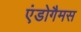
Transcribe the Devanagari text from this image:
एंडोगैमस